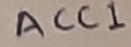
Text: ACC1